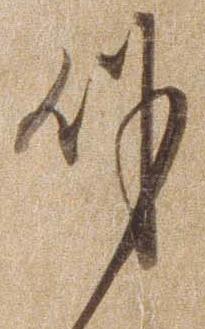
身